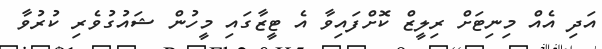
އަދި އެއް މިނިޓަށް ރިލީޒް ކޮށްފައިވާ އެ ޓީޒާގައި މީހުން ޝައުގުވެރި ކުރުވާ